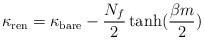
\begin{align*}\kappa_{\rm ren}=\kappa_{\rm bare}-\frac{N_f}{2}\tanh(\frac{\beta m}{2})\end{align*}